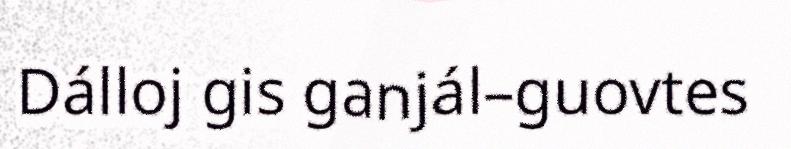
Dálloj gis ganjál–guovtes